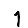
Digit: 1